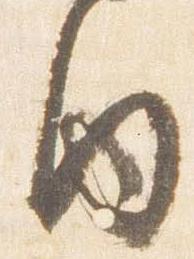
内